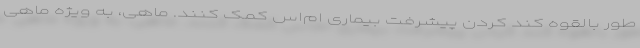
طور بالقوه کند کردن پیشرفت بیماری ام‌اس کمک کنند. ماهی، به ویژه ماهی